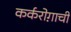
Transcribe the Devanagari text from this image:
कर्करोग़ाची